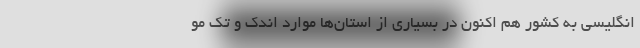
انگلیسی به کشور هم اکنون در بسیاری از استان‌ها موارد اندک و تک مو